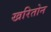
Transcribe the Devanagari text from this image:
खरितोन